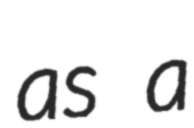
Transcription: as a